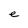
Character: e